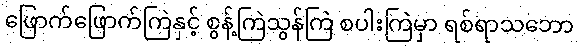
ဖြောက်ဖြောက်ကြဲနှင့် စွန့်ကြဲသွန်ကြဲ စပါးကြဲမှာ ရစ်ရာသဘော